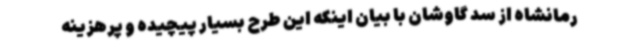
رمانشاه از سد گاوشان با بیان اینکه این طرح بسیار پیچیده و پرهزینه